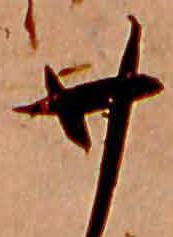
廿